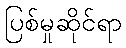
ပြစ်မှုဆိုင်ရာ